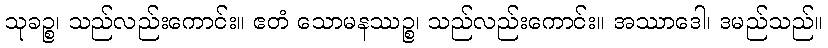
သုခဉ္စ၊ သည်လည်းကောင်း။ ဧတံ သောမနဿဉ္စ၊ သည်လည်းကောင်း။ အဿာဒေါ၊ ဒမည်သည်။